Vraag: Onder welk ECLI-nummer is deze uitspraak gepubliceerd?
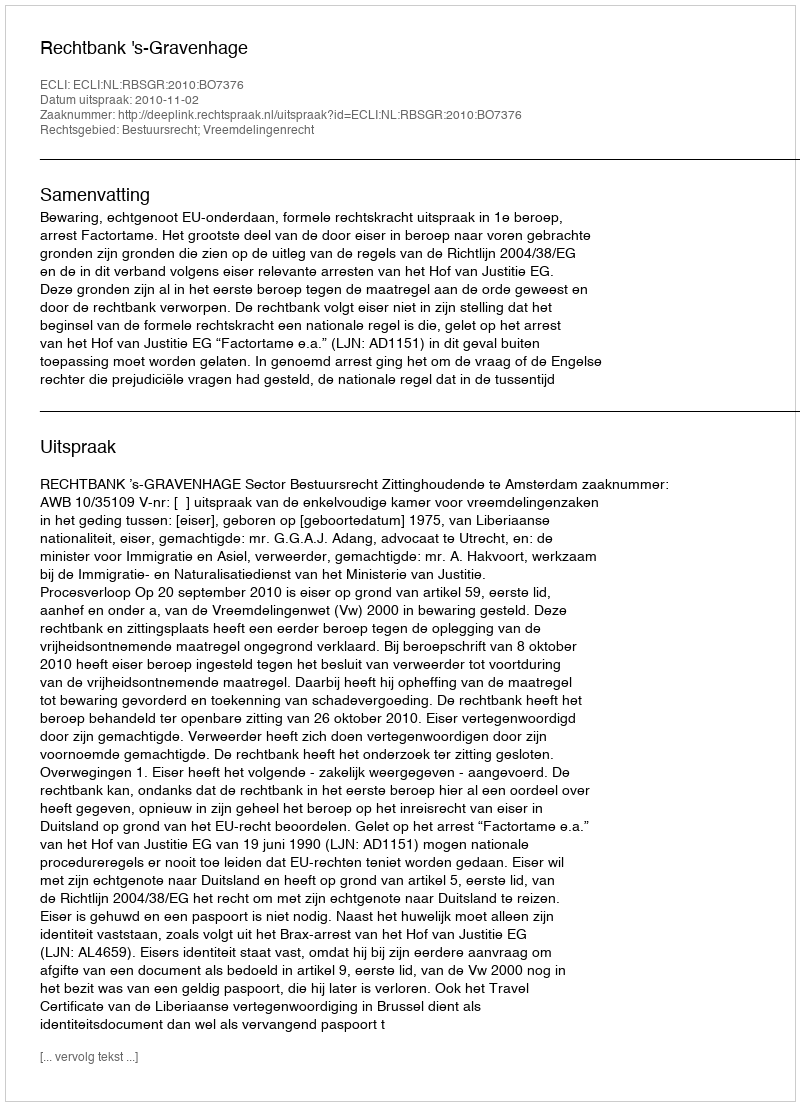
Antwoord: ECLI:NL:RBSGR:2010:BO7376